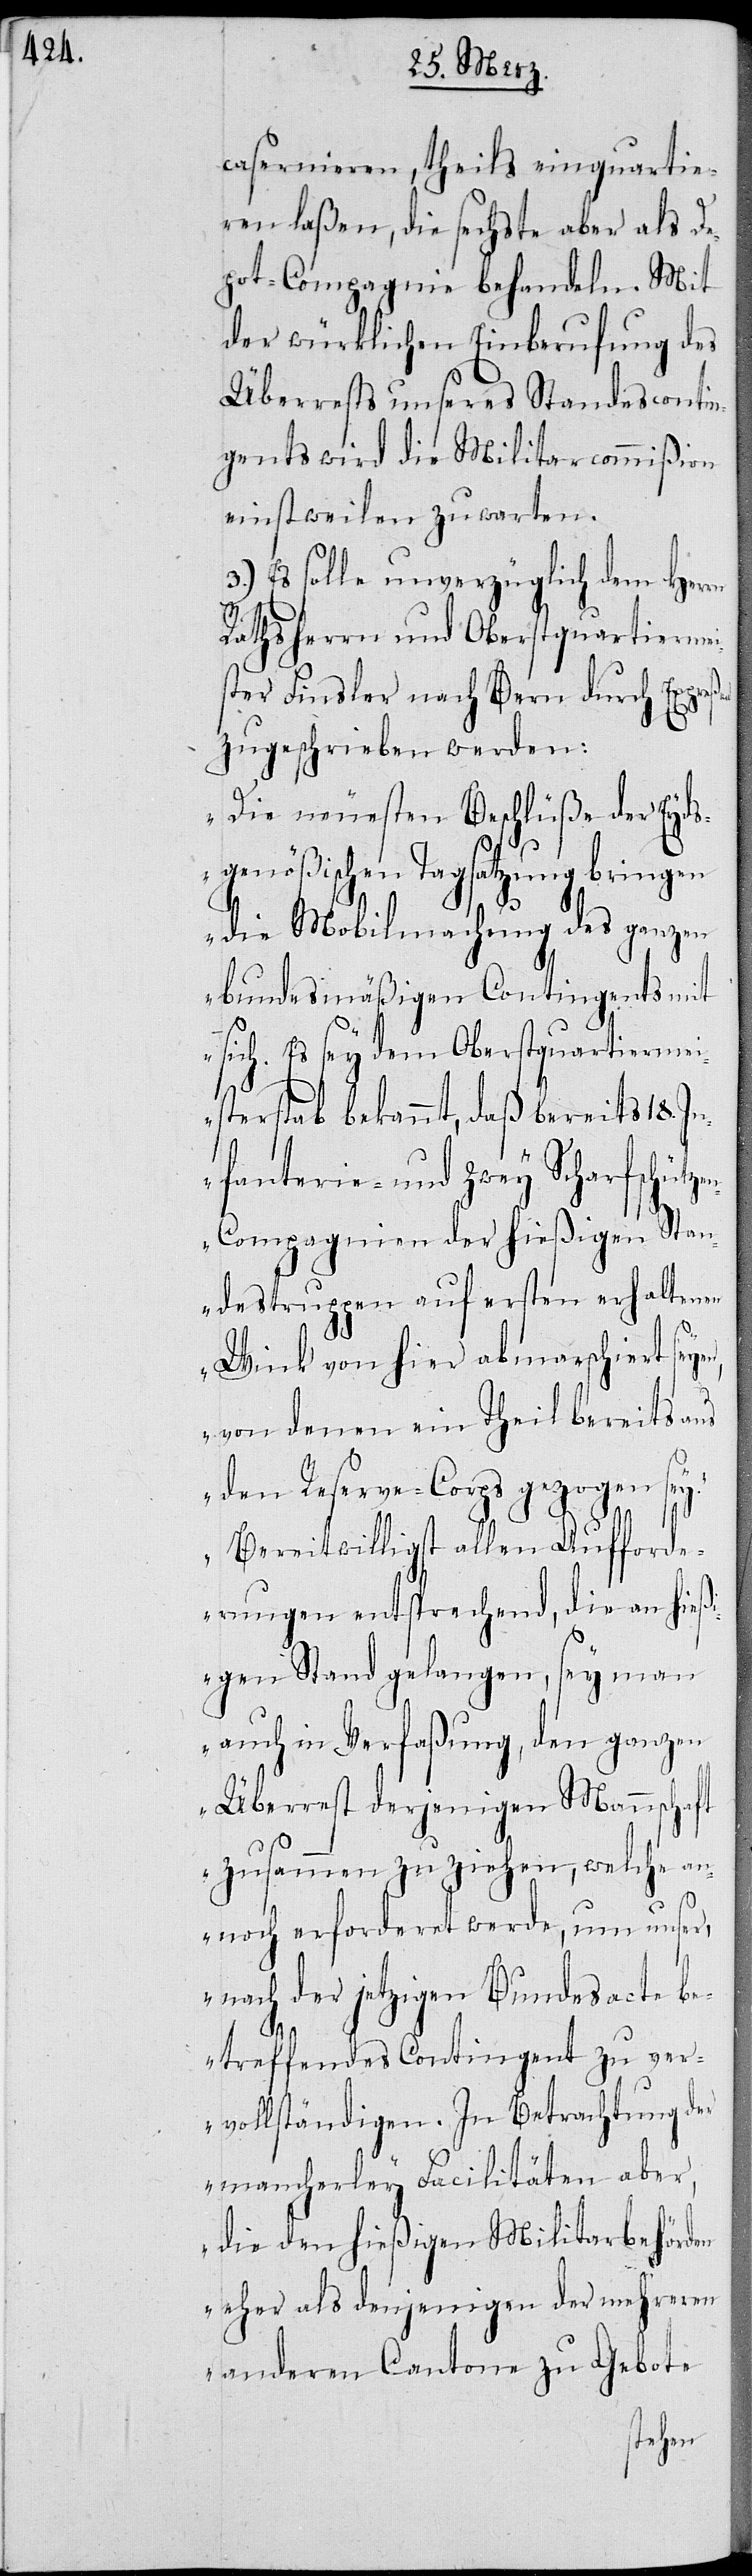
casernieren, theils einquartie¬
ren laßen, die sechste aber als De¬
pot-Compagnie behandeln. Mit
der würklichen Einberufung des
Überrests unseres Standescontin¬
gents wird die Militarcommißion
einstweilen zuwarten.
Es solle unverzüglich dem Herrn
Rathsherr und Oberstquartiermei¬
ster Finsler nach Bern durch Ex¬
zugeschrieben werden:
„Die neuesten Beschlüße der Eyds¬
genößischen Tagsatzung bringen
die Mobilmachung des ganzen
bundesmäßigen Contingents mit
sich. Es sey dem Oberstquartiermei¬
sterstab bekannt, daß bereits 18
Infanterie- und zwey Scharfschütz¬
n-Compagnien der hießigen Stan¬
destruppen auf ersten erhaltenen
Wink von hier abm¬
desac¬
von denen ein Th¬
en Auf¬
den Reserve-Corps
forde¬
Bereitwilligst all¬
rungen entsprechend, die an hie¬
ßigen Stand gelangen, sey man
ganzen
auch in Verfaßung,
Überrest derjenigen
zusammen zu ziehen, welche an¬
noch erforderet werde, um unser,
nach der jetzigen Bun¬
te
betreffendes Contingent zu ver¬
vollständigen. In Betrachtung der
mancherley Facilitäten aber,
die den hießigen Militarbehörden
aber als denjenigen der mehreren
anderen Cantone zu Gebote
seyen,